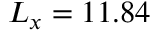
L _ { x } = 1 1 . 8 4